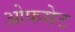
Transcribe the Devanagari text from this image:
ओफसेट